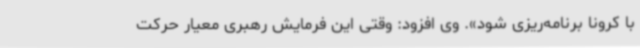
با کرونا برنامه‌ریزی شود». وی افزود: وقتی این فرمایش رهبری معیار حرکت